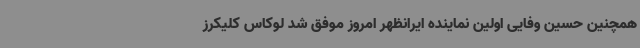
همچنین حسین وفایی اولین نماینده ایرانظهر امروز موفق شد لوکاس کلیکرز